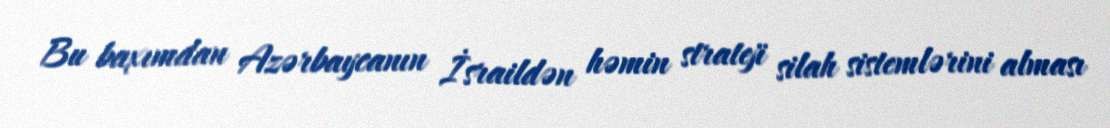
Bu baxımdan Azərbaycanın İsraildən həmin strateji silah sistemlərini alması